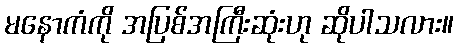
မနောကံကို အပြစ်အကြီးဆုံးဟု ဆိုပါသလား။